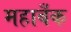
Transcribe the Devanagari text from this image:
महाबँक